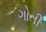
ગોતી